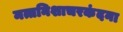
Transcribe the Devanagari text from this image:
मत्तनिशाचरकंदना